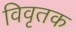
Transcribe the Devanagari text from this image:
विवृतक